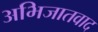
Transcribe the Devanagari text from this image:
अभिजातवाद